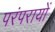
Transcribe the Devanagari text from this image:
परंपरायों